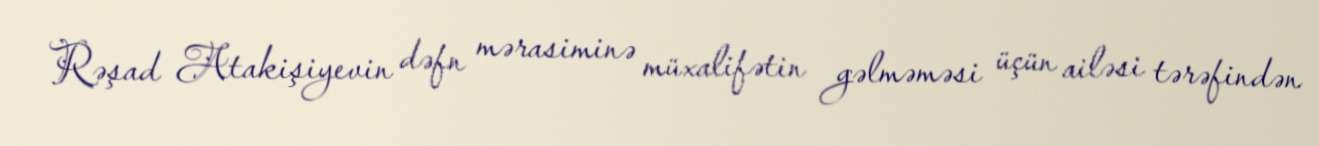
Rəşad Atakişiyevin dəfn mərasiminə müxalifətin gəlməməsi üçün ailəsi tərəfindən